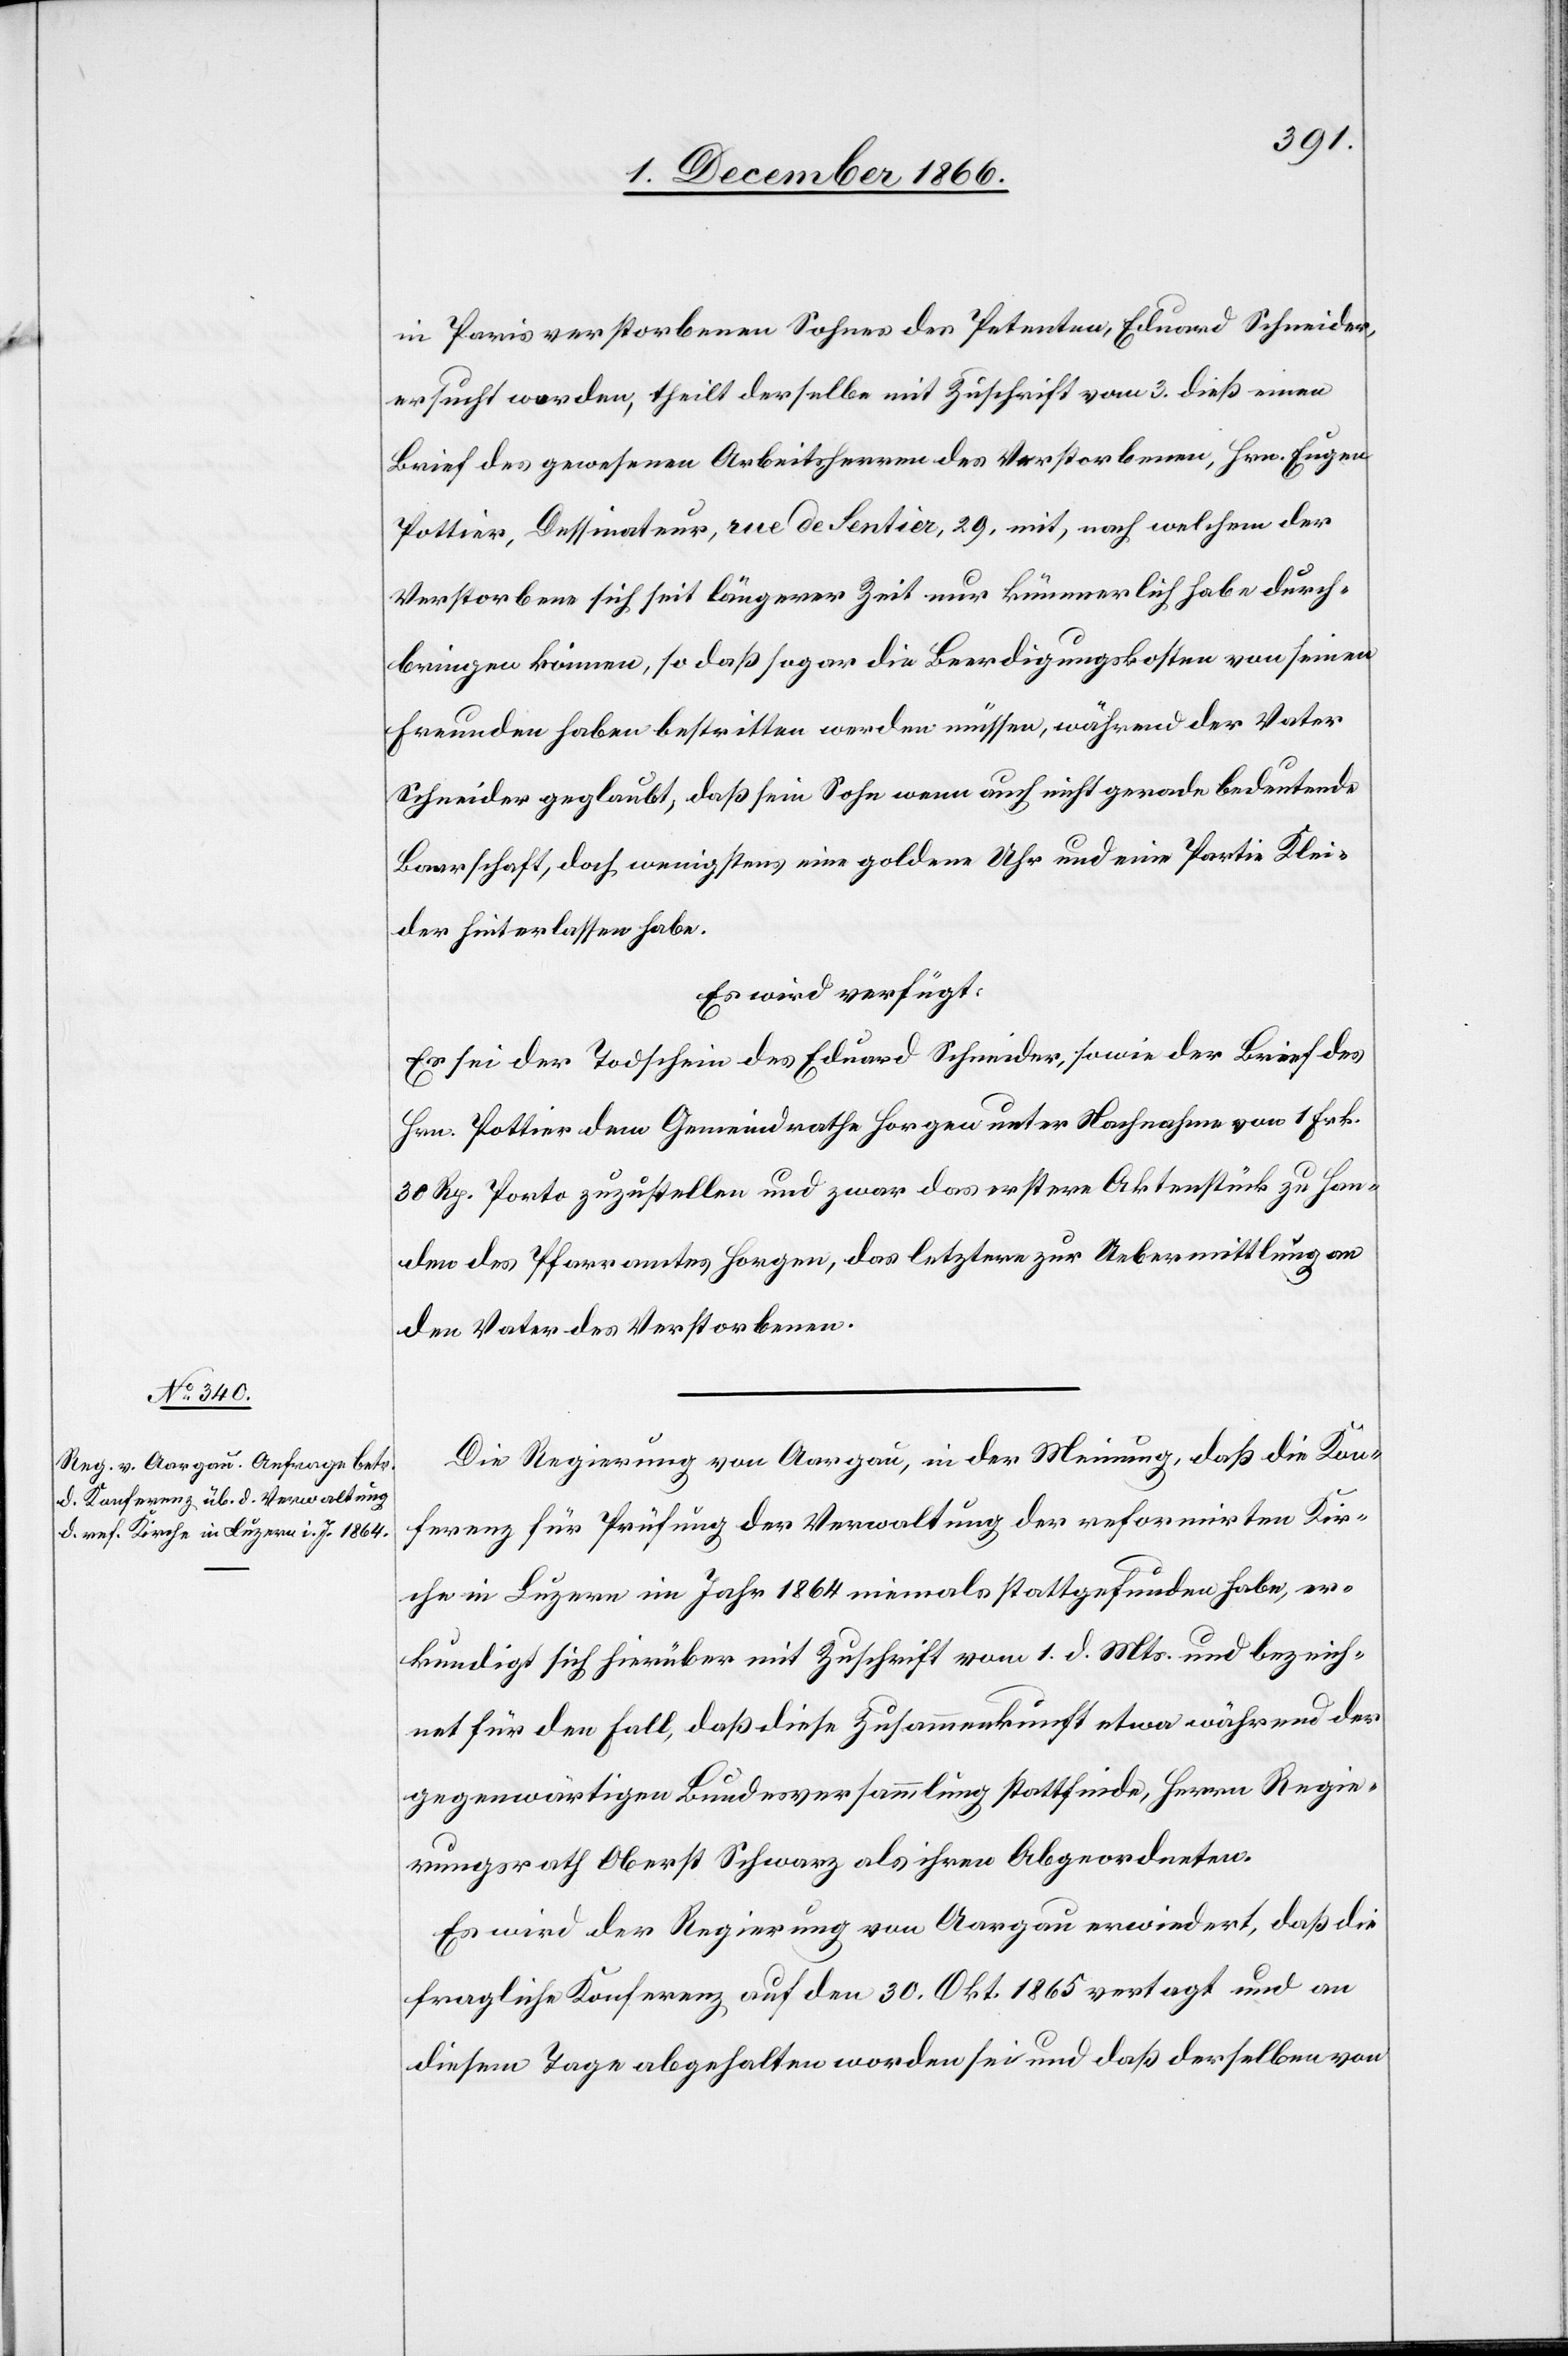
6. December 1866.]
in Paris verstorbenen Sohnes des Petenten, Eduard Schneider,
ersucht worden, theilt derselbe mit Zuschrift vom 3. dieß einen
Brief des gewesenen Arbeitsherren des Verstorbenen, Hrn. Eugen
Pottier, Dessinateur, rue de Sentier, 29, mit, nach welchem der
Verstorbene sich seit längerer Zeit nur kümmerlich habe durch¬
bringen können, so daß sogar die Beerdigungskosten von seinen
Freunden haben bestritten werden müssen, während der Vater
Schneider geglaubt, daß sein Sohn wenn auch nicht gerade bedeutende
Baarschaft, doch wenigstens eine goldene Uhr und eine Partie Klei¬
der hinterlassen habe.
Es wird verfügt:
Es sei der Todschein des Eduard Schneider, sowie der Brief des
Hrn. Pottier dem Gemeindrathe Horgen unter Nachnahme von 1 Frk.
30 Rp. Porto zuzustellen und zwar das erstere Aktenstück zu Han¬
den des Pfarramtes Horgen, das letztere zur Uebermittlung an
den Vater des Verstorbenen.
Die Regierung von Aargau, in der Meinung, daß die Kon¬
ferenz für Prüfung der Verwaltung der reformirten Kir¬
che in Luzern im Jahr 1864 niemals stattgefunden habe, er¬
kundigt sich hierüber mit Zuschrift vom 1. d. Mts. und bezeich¬
net für den Fall, daß diese Zusammenkunft etwa während der
gegenwärtigen Bundesversammlung stattfinde, Herrn Regie¬
rungsrath Oberst Schwarz als ihren Abgeordneten.
Es wird der Regierung von Aargau erwiedert, daß die
fragliche Konferenz auf den 30 Okt. 1865 vertagt und an
diesem Tage abgehalten worden sei und daß derselben von